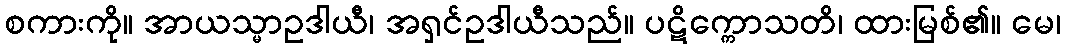
စကားကို။ အာယသ္မာဥဒါယီ၊ အရှင်ဥဒါယီသည်။ ပဋိက္ကောသတိ၊ ထားမြစ်၏။ မေ၊